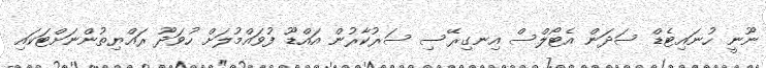
ނޫނީ ހުނައިޓެޑް ސަދަން އެޓޯލްސް އިނގިރޭސި ސަރުކާރުން އައްޑޫ ފުވައްމުލަށް ހުވަދޫ ރައްޔިތުންނަށްޓަކައި